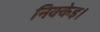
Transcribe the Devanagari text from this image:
निक्केइ।